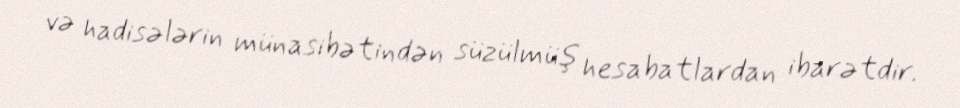
və hadisələrin münasibətindən süzülmüş hesabatlardan ibarətdir.